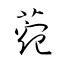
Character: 菀